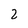
Character: 2